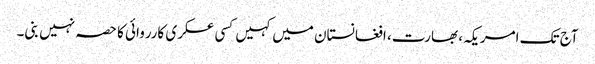
آج تک امریکہ، بھارت، افغانستان میں کہیں کسی عسکری کارروائی کا حصہ نہیں بنی۔